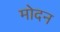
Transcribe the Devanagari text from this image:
मोदन